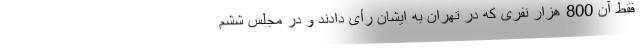
فقط آن 800 هزار نفری که در تهران به ایشان رأی دادند و در مجلس ششم